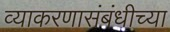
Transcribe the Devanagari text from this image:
व्याकरणासंबंधीच्या